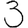
Digit: 3